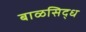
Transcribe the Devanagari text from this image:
बाळसिद्ध